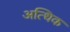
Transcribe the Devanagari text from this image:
अत्धिक